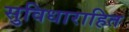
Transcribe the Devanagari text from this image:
सुविधाराहित